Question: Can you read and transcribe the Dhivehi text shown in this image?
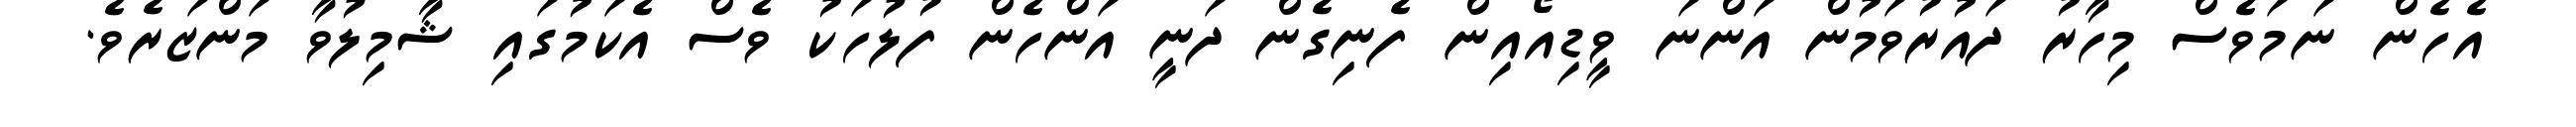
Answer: އެހެން ނަމަވެސް މިހާރު ދައުރުވަމުން އަންނަ ވީޑިއޯއިން ފެނިގެން ދަނީ އަންހެން ފުލުހަކު ވެސް އެކަމުގައި ޝާމިލުވާ މަންޒަރެވެ.